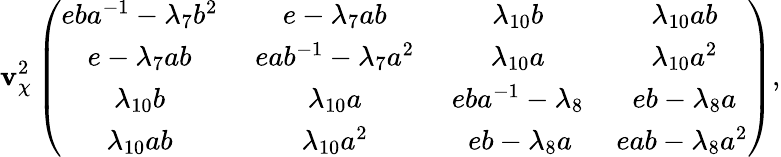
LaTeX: \mathbf{v}_{\chi}^{2}\left(\begin{array}{cccc}{{eba^{-1}-\lambda_{7}b^{2}\, }}&{{\, e-\lambda_{7}ab\, }}&{{\, \lambda_{10}b\, }}&{{\, \lambda_{10}ab}}\\ {{e-\lambda_{7}ab\, }}&{{\, eab^{-1}-\lambda_{7}a^{2}\, }}&{{\, \lambda_{10}a\, }}&{{\, \lambda_{10}a^{2}}}\\ {{\lambda_{10}b\, }}&{{\, \lambda_{10}a\, }}&{{\, eba^{-1}-\lambda_{8}\, }}&{{\, eb-\lambda_{8}a}}\\ {{\lambda_{10}ab\, }}&{{\, \lambda_{10}a^{2}\, }}&{{\, eb-\lambda_{8}a}}&{{eab-\lambda_{8}a^{2}}}\end{array}\right),